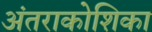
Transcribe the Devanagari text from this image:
अंतराकोशिका